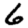
Digit: 6